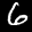
Label: 6